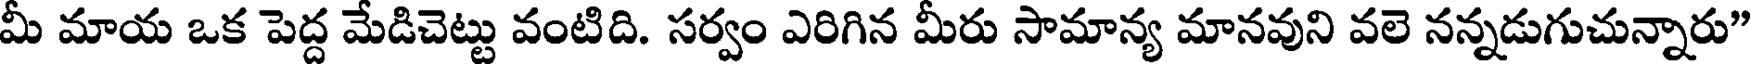
మీ మాయ ఒక పెద్ద మేడిచెట్టు వంటిది. సర్వం ఎరిగిన మీరు సామాన్య మానవుని వలె నన్నడుగుచున్నారు"